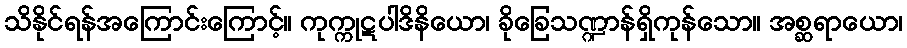
သိနိုင်ရန်အကြောင်းကြောင့်။ ကုက္ကုဋပါဒိနိယော၊ ခိုခြေသဏ္ဍာန်ရှိကုန်သော။ အစ္ဆရာယော၊